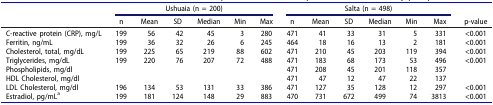
|  | <COLSPAN=6> Ushuaia (n = 200) | <COLSPAN=6> Salta (n = 498) | <ROWSPAN=2> p-value |
 |  | n | Mean | SD | Median | Min | Max | n | Mean | SD | Median | Min | Max |
 | --- | --- | --- | --- | --- | --- | --- | --- | --- | --- | --- | --- | --- | --- |
 | C-reactive protein (CRP), mg/L | 199 | 56 | 42 | 45 | 3 | 280 | 471 | 41 | 33 | 31 | 5 | 331 | <0.001 |
 | Ferritin, ng/mL | 199 | 36 | 32 | 26 | 6 | 245 | 464 | 18 | 16 | 13 | 2 | 181 | <0.001 |
 | Cholesterol, total, mg/dL | 199 | 225 | 65 | 219 | 88 | 602 | 471 | 210 | 45 | 203 | 119 | 394 | <0.001 |
 | Triglycerides, mg/dL | 199 | 220 | 76 | 207 | 72 | 488 | 471 | 183 | 68 | 173 | 53 | 496 | <0.001 |
 | Phospholipids, mg/dl |  |  |  |  |  |  | 471 | 208 | 45 | 201 | 118 | 357 |  |
 | HDL Cholesterol, mg/dl |  |  |  |  |  |  | 471 | 47 | 12 | 47 | 22 | 137 |  |
 | LDL Cholesterol, mg/dl | 196 | 134 | 53 | 131 | 33 | 386 | 471 | 127 | 35 | 128 | 12 | 297 | <0.001 |
 | Estradiol, pg/mLa | 199 | 181 | 124 | 148 | 29 | 883 | 470 | 731 | 672 | 499 | 74 | 3813 | <0.001 |